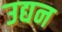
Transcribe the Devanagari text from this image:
उद्यन